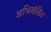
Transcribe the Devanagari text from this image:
अभिखंडित